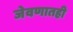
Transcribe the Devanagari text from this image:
जेवणातही